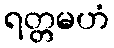
ရတ္တမဟံ